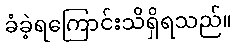
ခံခဲ့ရကြောင်းသိရှိရသည်။